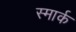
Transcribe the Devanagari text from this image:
स्मार्क